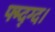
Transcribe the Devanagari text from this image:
फ्म्द्ग्द।